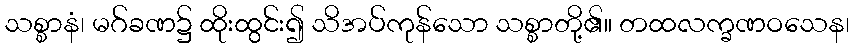
သစ္စာနံ၊ မဂ်ခဏ၌ ထိုးထွင်း၍ သိအပ်ကုန်သော သစ္စာတို့၏။ တထလက္ခဏဝသေန၊